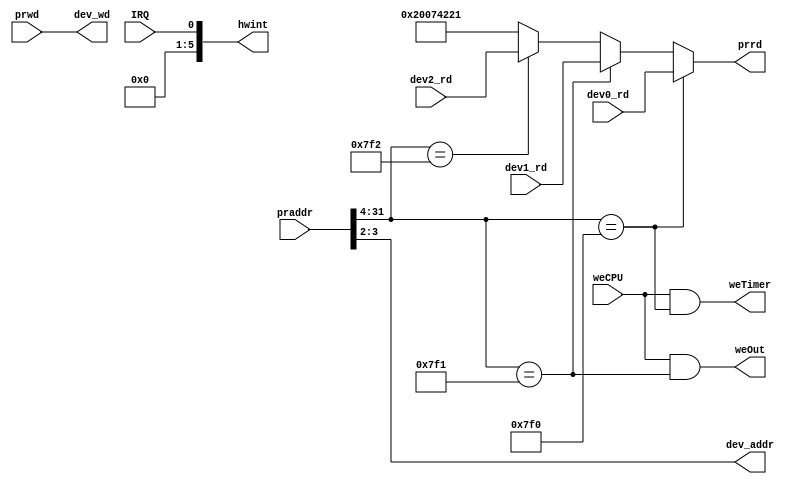
module bridge(praddr,prrd,prwd,dev_addr,dev0_rd,dev1_rd,dev2_rd,dev_wd,weCPU,weTimer,weOut,IRQ,hwint);
    input [31:0] praddr;      //CPU
    input [31:0] prwd;        //CPU
    input [31:0] dev0_rd;     //
    input [31:0] dev1_rd;     //
    input [31:0] dev2_rd;     //
    input weCPU;              //CPU
    input IRQ;                //
    output [31:0] prrd;       //CPU
    output [31:0] dev_wd;     //
    output [1:0] dev_addr;    //
    output [5:0] hwint;      //6
    output weTimer,weOut;   //

    wire hitdev_timer,hitdev_out,hitdev_in;    //

    assign hwint = {5'd0,IRQ};                 //0
    assign dev_wd = prwd;                     //
    assign dev_addr = praddr[3:2];
    assign hitdev_timer = (praddr[31:4] == 28'h0000_7f0);
    assign hitdev_out   = (praddr[31:4] == 28'h0000_7f1);
    assign hitdev_in    = (praddr[31:4] == 28'h0000_7f2);

    assign weTimer = weCPU && hitdev_timer;
    assign weOut   = weCPU && hitdev_out;

    assign prrd = (hitdev_timer) ? dev0_rd:
                  (hitdev_out)   ? dev1_rd:
                  (hitdev_in)    ? dev2_rd:
                  32'h20074221;

endmodule